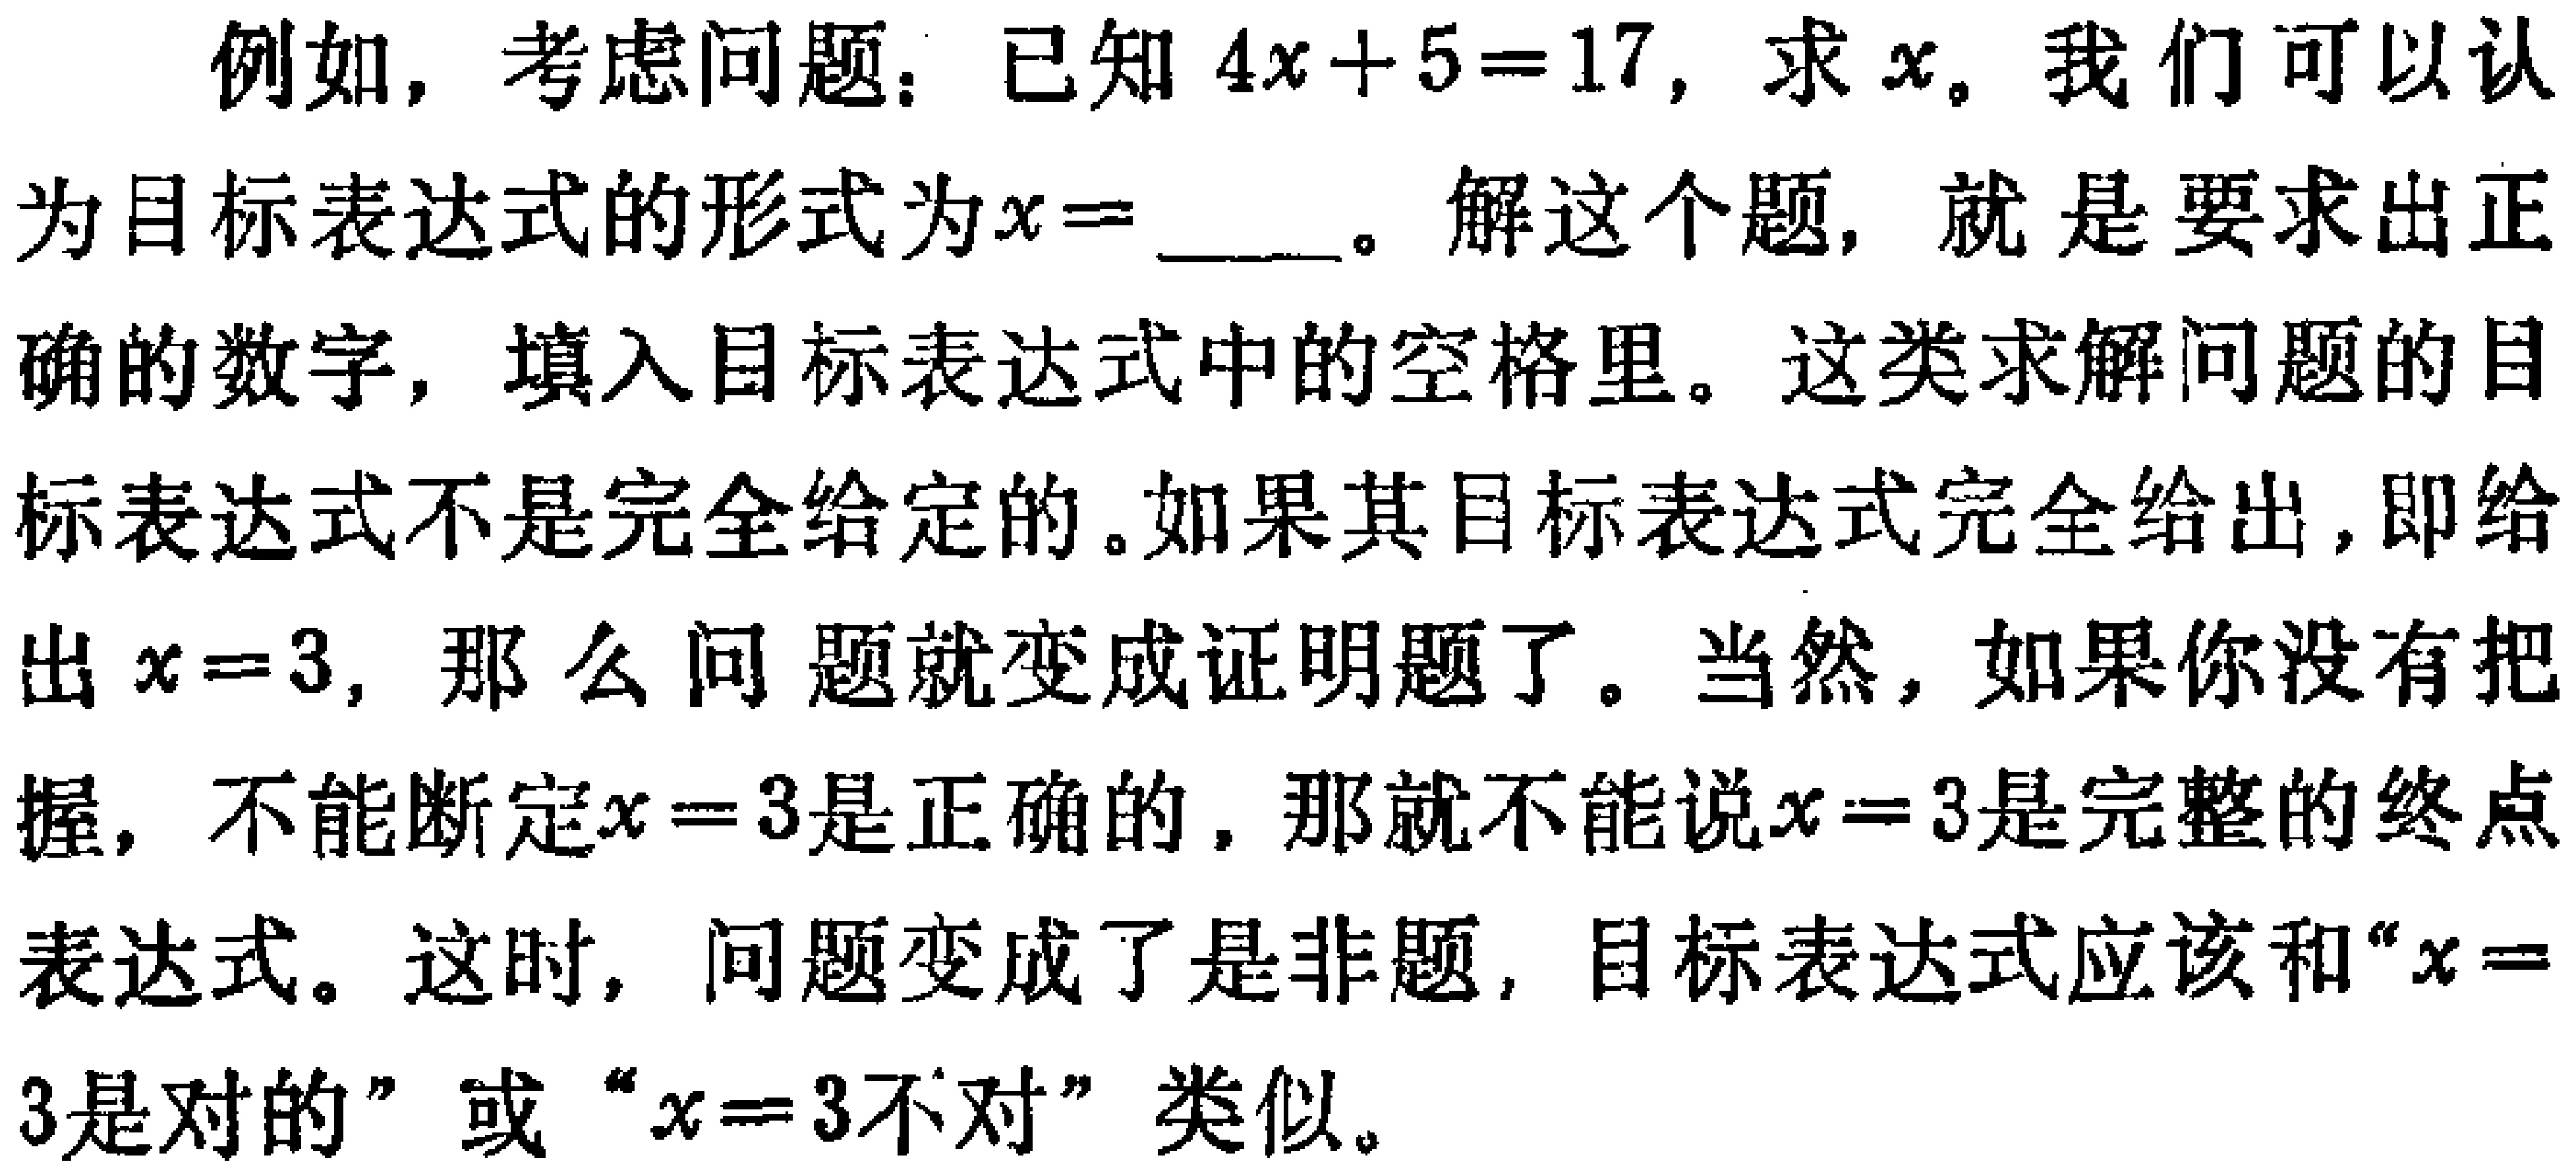
例如，考虑问题：已知 \(4x + 5 = 17\)，求 \(x\)。我们可以认为目标表达式的形式为\(x = \_\_\_\)。解这个题，就是要求出正确的数字，填入目标表达式中的空格里。这类求解问题的目标表达式不是完全给定的。如果其目标表达式完全给出，即给出 \(x = 3\)，那么问题就变成证明题了。当然，如果你没有把握，不能断定\(x = 3\)是正确的，那就不能说\(x = 3\)是完整的终点表达式。这时，问题变成了是非题，目标表达式应该和“\(x = 3\)是对的”或“\(x = 3\)不对”类似。